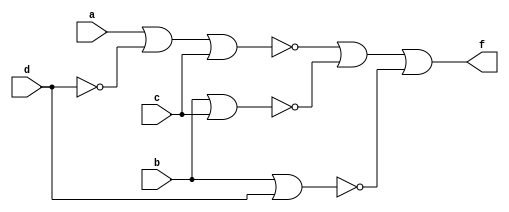
module lab32nd(a,b,c,d,f);
input a,b,c,d;
output f;
wire dn,g,h,i,fn;
assign dn = ~(d | d);
assign g  = ~(a|dn|c);
assign h = ~(b|c);
assign i = ~(b|d);
assign fn = ~(g|h|i);
assign f = ~(fn|fn);
endmodule